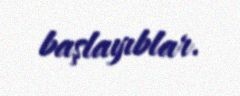
başlayıblar.